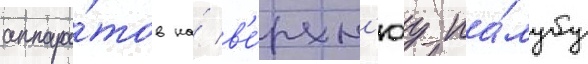
аппара́тов на́ в'е́рхн'юу па́лубу